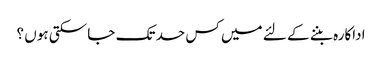
اداکارہ بننے کے لئے میں کس حد تک جا سکتی ہوں ؟